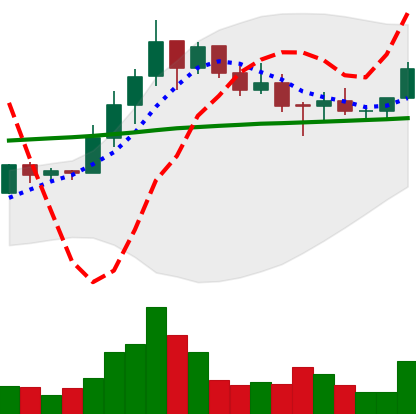
Ticker: LINK-USD
Chart end date: 2019-10-21
Forward return: 4.557%
Label: up_3_5